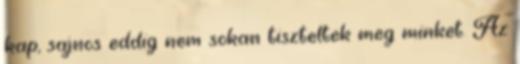
kap, sajnos eddig nem sokan tiszteltek meg minket. Az